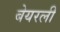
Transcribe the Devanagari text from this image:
बेयरली